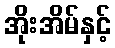
အိုးအိမ်နှင့်